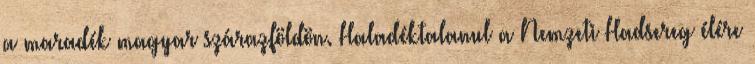
a maradék magyar szárazföldön. Haladéktalanul a Nemzeti Hadsereg élére